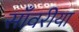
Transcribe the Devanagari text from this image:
साँवरीया